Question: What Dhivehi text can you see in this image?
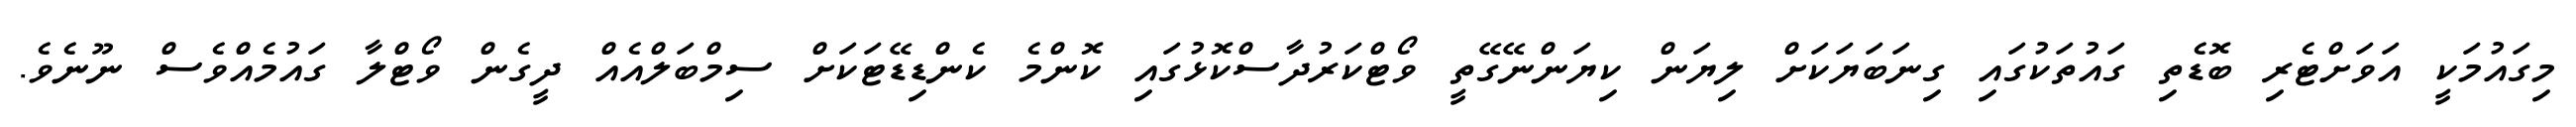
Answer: މިގައުމަކީ އަވަށްޓެރި ބޮޑެތި ގައުތަކުގައި ގިނަބަޔަކަށް ލިޔަން ކިޔަންނޭގޭތީ ވޯޓްކަރުދާސްކޮޅުގައި ކޮންމެ ކެންޑިޑޭޓަކަށް ސިމްބަލްއެއް ދީގެން ވޯޓްލާ ގައުމެއްވެސް ނޫނެވެ.